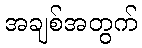
အချစ်အတွက်